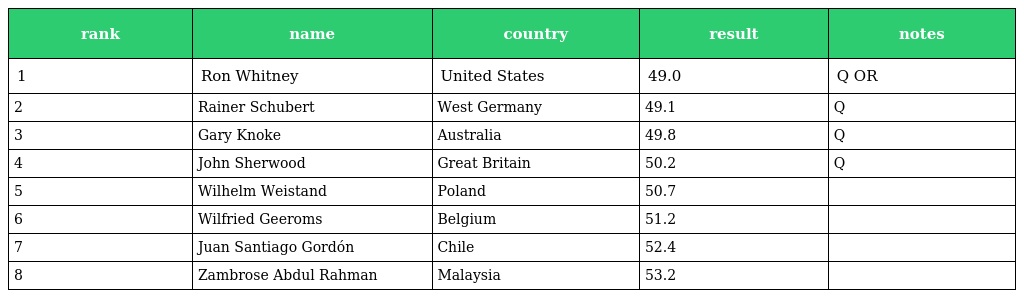
| rank | name | country | result | notes |
 | --- | --- | --- | --- | --- |
 | 1 | Ron Whitney | United States | 49.0 | Q OR |
 | 2 | Rainer Schubert | West Germany | 49.1 | Q |
 | 3 | Gary Knoke | Australia | 49.8 | Q |
 | 4 | John Sherwood | Great Britain | 50.2 | Q |
 | 5 | Wilhelm Weistand | Poland | 50.7 |  |
 | 6 | Wilfried Geeroms | Belgium | 51.2 |  |
 | 7 | Juan Santiago Gordón | Chile | 52.4 |  |
 | 8 | Zambrose Abdul Rahman | Malaysia | 53.2 |  |